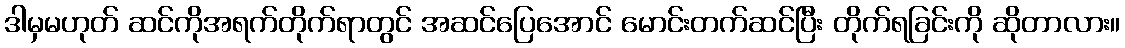
ဒါမှမဟုတ် ဆင်ကိုအရက်တိုက်ရာတွင် အဆင်ပြေအောင် မောင်းတက်ဆင်ပြီး တိုက်ရခြင်းကို ဆိုတာလား။